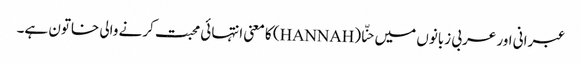
عبرانی اور عربی زبانوں میں حنّا (HANNAH) کا معنی انتہائی محبت کرنے والی خاتون ہے۔